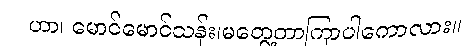
ဟာ၊ မောင်မောင်သန်း၊မတွေ့တာကြာပါကောလား။